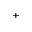
^ +